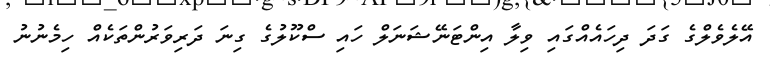
އޭލެވެލްގެ ގަދަ ދިހައެއްގައި ވިލާ އިންޓަނޭޝަނަލް ހައި ސްކޫލުގެ ގިނަ ދަރިވަރުންތަކެއް ހިމެނުނު